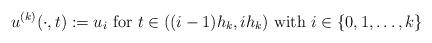
LaTeX: \begin{align*} u^{(k)}(\cdot,t):=u_i\mbox{ for }t\in ((i-1)h_k,ih_k)\mbox{ with }i\in\{0,1,\ldots,k\}\end{align*}